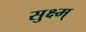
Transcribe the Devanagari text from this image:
सुक्ष्म्